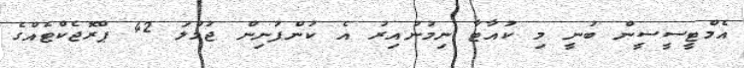
އެމްޓީސީސީން ބުނީ މި ކުއާޓާ ނިމުނުއިރު އެ ކުންފުނިން ޖުމްލަ 42 ޕްރޮޖެކްޓެއްގެ